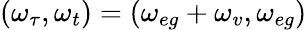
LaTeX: (\omega_{\tau},\omega_{t})=(\omega_{eg}+\omega_{v},\omega_{eg})